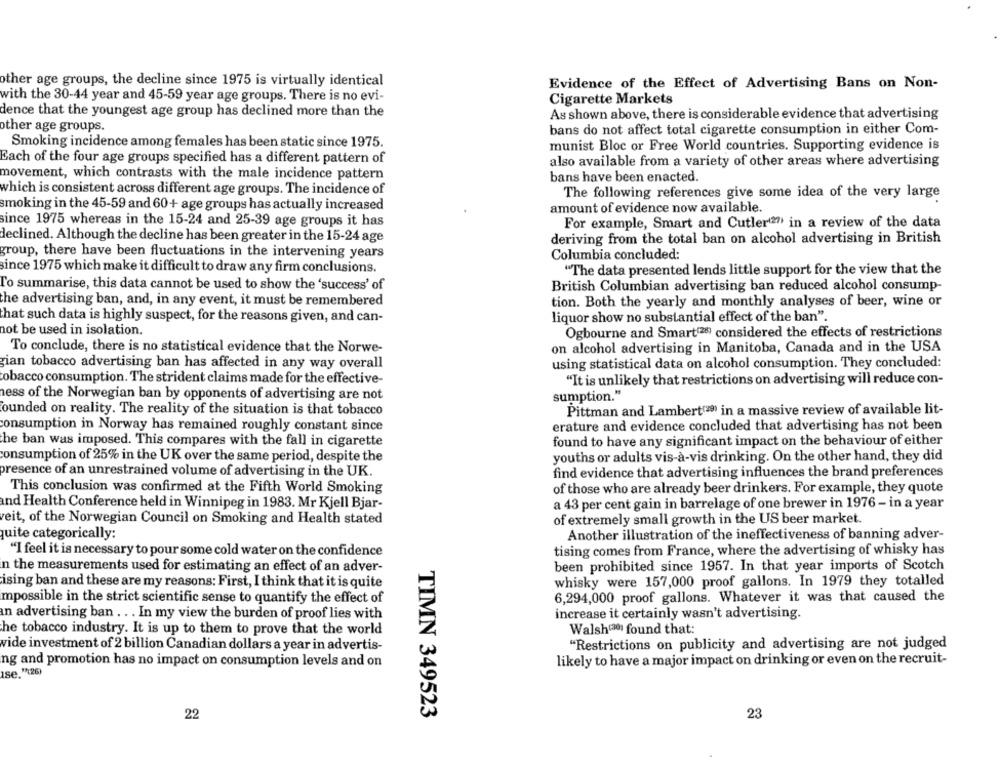
other age groups, the decline since 1975 is virtually identical
Evidence of the Effect of Advertising Bans on Non-
with the 30-44 year and 45-59 year age groups. There is no evi-
Cigarette Markets
dence that the youngest age group has declined more than the
As shown above, there is considerable evidence that advertising
other age groups.
bans do not affect total cigarette consumption in either Com-
Smoking incidence among females has been static since 1975.
munist Bloc or Free World countries. Supporting evidence is
Each of the four age groups specified has a different pattern of
also available from a variety of other areas where advertising
movement, which contrasts with the male incidence pattern
bans have been enacted.
which is consistent across different age groups. The incidence of
The following references give some idea of the very large
smoking in the 45-59 and 60+ age groups has actually increased
amount of evidence now available.
since 1975 whereas in the 15-24 and 25-39 age groups it has
For example, Smart and Cutler(2" in a review of the data
declined. Although the decline has been greater in the 15-24 age
deriving from the total ban on alcohol advertising in British
group, there have been fluctuations in the intervening years
Columbia concluded:
since 1975 which make it difficult to draw any firm conclusions.
"The data presented lends little support for the view that the
To summarise, this data cannot be used to show the 'success' of
British Columbian advertising ban reduced alcohol consump-
the advertising ban, and, in any event, it must be remembered
tion. Both the yearly and monthly analyses of beer, wine or
that such data is highly suspect, for the reasons given, and can-
liquor show no substantial effect of the ban".
not be used in isolation.
Ogbourne and Smart(28) considered the effects of restrictions
To conclude, there is no statistical evidence that the Norwe-
on alcohol advertising in Manitoba, Canada and in the USA
gian tobacco advertising ban has affected in any way overall
using statistical data on alcohol consumption. They concluded:
tobacco consumption. The strident claims made for the effective-
"It is unlikely that restrictions on advertising will reduce con-
ness of the Norwegian ban by opponents of advertising are not
sumption."
ounded on reality. The reality of the situation is that tobacco
Pittman and Lambert(29) in a massive review of available lit-
consumption in Norway has remained roughly constant since
erature and evidence concluded that advertising has not been
the ban was imposed. This compares with the fall in cigarette
found to have any significant impact on the behaviour of either
consumption of 25% in the UK over the same period, despite the
youths or adults vis-à-vis drinking. On the other hand, they did
presence of an unrestrained volume of advertising in the UK.
find evidence that advertising influences the brand preferences
This conclusion was confirmed at the Fifth World Smoking
of those who are already beer drinkers. For example, they quote
and Health Conference held in Winnipeg in 1983. Mr Kjell Bjar-
a 43 per cent gain in barrelage of one brewer in 1976 - in a year
reit, of the Norwegian Council on Smoking and Health stated
of extremely small growth in the US beer market.
quite categorically:
Another illustration of the ineffectiveness of banning adver-
"I feel it is necessary to pour some cold water on the confidence
tising comes from France, where the advertising of whisky has
n the measurements used for estimating an effect of an adver-
been prohibited since 1957. In that year imports of Scotch
ising ban and these are my reasons: First, I think that it is quite
whisky were 157,000 proof gallons. In 1979 they totalled
mpossible in the strict scientific sense to quantify the effect of
6,294,000 proof gallons. Whatever it was that caused the
increase it certainly wasn't advertising.
an advertising ban . . . In my view the burden of proof lies with
he tobacco industry. It is up to them to prove that the world
Walsh(301 found that:
"Restrictions on publicity and advertising are not judged
wide investment of 2 billion Canadian dollars a year in advertis-
ng and promotion has no impact on consumption levels and on
likely to have a major impact on drinking or even on the recruit-
se. "(26)
TIMN 349523
22
23